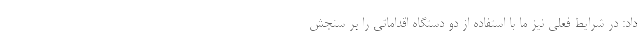
داد: در شرایط فعلی نیز ما با استفاده از دو دستگاه اقداماتی را بر سنجش